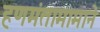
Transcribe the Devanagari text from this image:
हणमंतामामाने